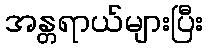
အန္တရာယ်များပြီး